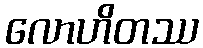
လောဟိတဿ